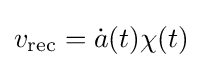
v_{\text{rec}}={\dot {a}}(t)\chi (t)